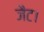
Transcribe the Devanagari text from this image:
जैट।